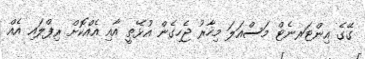
ގޭގެ އިންޓަރނެޓް މަސްއަލަ މިހާރު ޖެހިގެން އުޅޭތީ އާއި އެއްކޮށް ރިޕްލައި އެއް